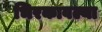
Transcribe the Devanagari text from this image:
भिरकावल्या